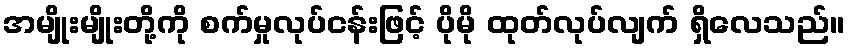
အမျိုးမျိုးတို့ကို စက်မှုလုပ်ငန်းဖြင့် ပိုမို ထုတ်လုပ်လျက် ရှိလေသည်။